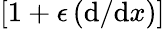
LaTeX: [1+\epsilon\, (\mathrm{d}/\mathrm{d}x)]